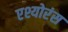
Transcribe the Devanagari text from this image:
एश्योरंस